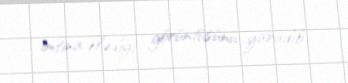
imtina elədiyi görüntüsünü yaradıb.